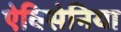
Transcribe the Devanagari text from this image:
ऐविसेनिया